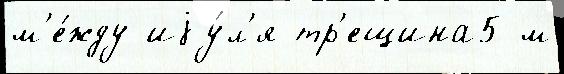
м'е́жду иjу́л'я тр'ещина5 м